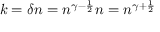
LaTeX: k = \delta n = n ^ { \gamma - { \frac { 1 } { 2 } } } n = n ^ { \gamma + { \frac { 1 } { 2 } } }